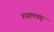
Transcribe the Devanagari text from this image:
श्यामचंद्र